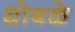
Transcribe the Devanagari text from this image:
धोबळे